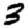
Digit: 3